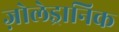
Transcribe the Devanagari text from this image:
ज़ोलेड्रानिक